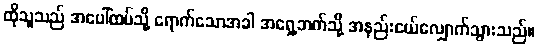
ထိုသူသည် အပေါ်ထပ်သို့ ရောက်သောအခါ အရှေ့ဘက်သို့ အနည်းငယ်လျှောက်သွားသည်။